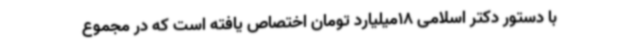
با دستور دکتر اسلامی 18میلیارد تومان اختصاص یافته است که در مجموع